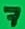
Text: 7